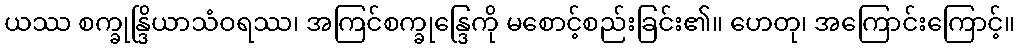
ယဿ စက္ခုန္ဒြိယာသံဝရဿ၊ အကြင်စက္ခုန္ဒြေကို မစောင့်စည်းခြင်း၏။ ဟေတု၊ အကြောင်းကြောင့်။